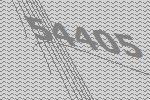
54405